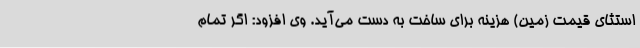
استثای قیمت زمین) هزینه برای ساخت به دست می‌آید. وی افزود: اگر تمام